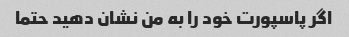
اگر پاسپورت خود را به من نشان دهید حتما